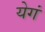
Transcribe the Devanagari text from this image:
येगं